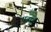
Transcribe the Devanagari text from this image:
प़ढाई